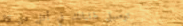
توصيل طلباتك في أقل من 30